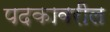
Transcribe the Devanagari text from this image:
पदकावरील